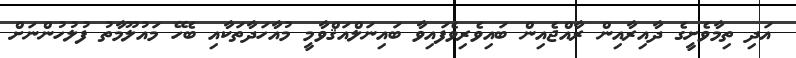
އަދި ތިމާވެށީގެ ދާއިރާއިން ރާއްޖެއިން ބައިވެރިވެފައިވާ ބައިނަލްއަޤްވާމީ މުއާހަދާތަކާއި ބެހޭ މައުލޫމާތު ފުލުހުންނަށް